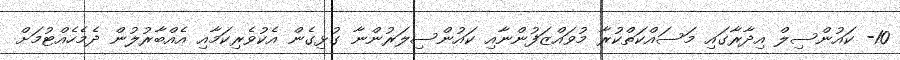
10- ކައުންސިލް އިދާރާގައި މަސައްކަތްކުރާ މުވައްޒަފުންނާއި ކައުންސިލަރުންނާ ގުޅިގެން އެކުވެރިކަމާއި އެއްބާރުލުން ދެމެހެއްޓުމަށް